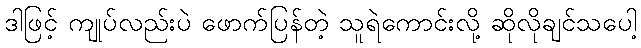
ဒါဖြင့် ကျုပ်လည်းပဲ ဖောက်ပြန်တဲ့ သူရဲကောင်းလို့ ဆိုလိုချင်သပေါ့